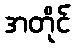
အတိုင်